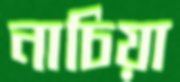
নাচিয়া